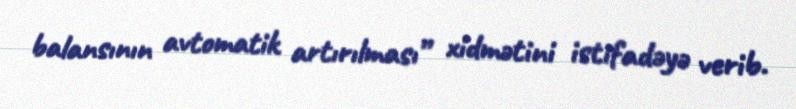
balansının avtomatik artırılması” xidmətini istifadəyə verib.